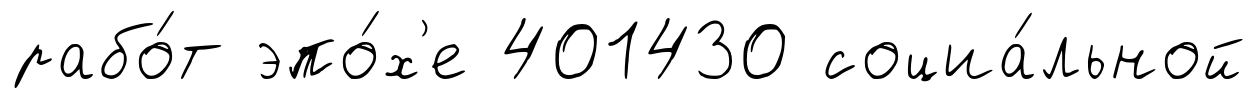
рабо́т эпо́х'е 401430 социа́льной